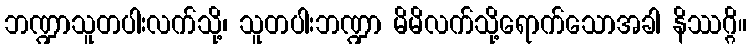
ဘဏ္ဍာသူတပါးလက်သို့၊ သူတပါးဘဏ္ဍာ မိမိလက်သို့ရောက်သောအခါ နိဿဂ္ဂိ။